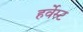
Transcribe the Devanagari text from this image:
हर्वेस्ट